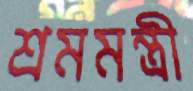
শ্রমমন্ত্রী